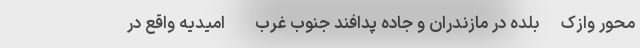
محور وازک-بلده در مازندران و جاده پدافند جنوب غرب - امیدیه واقع در